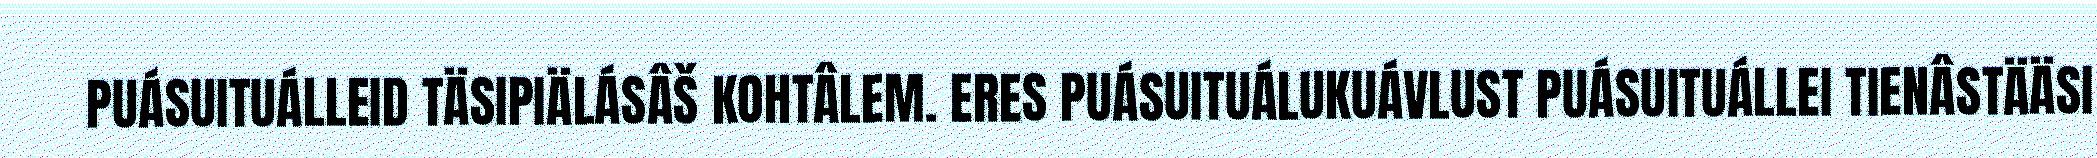
PUÁSUITUÁLLEID TÄSIPIÄLÁSÂŠ KOHTÂLEM. ERES PUÁSUITUÁLUKUÁVLUST PUÁSUITUÁLLEI TIENÂSTÄÄSI